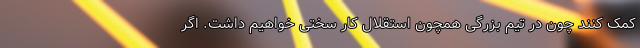
کمک کنند چون در تیم بزرگی همچون استقلال کار سختی خواهیم داشت. اگر